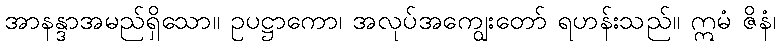
အာနန္ဒာအမည်ရှိသော။ ဥပဋ္ဌာကော၊ အလုပ်အကျွေးတော် ရဟန်းသည်။ ဣမံ ဇိနံ၊